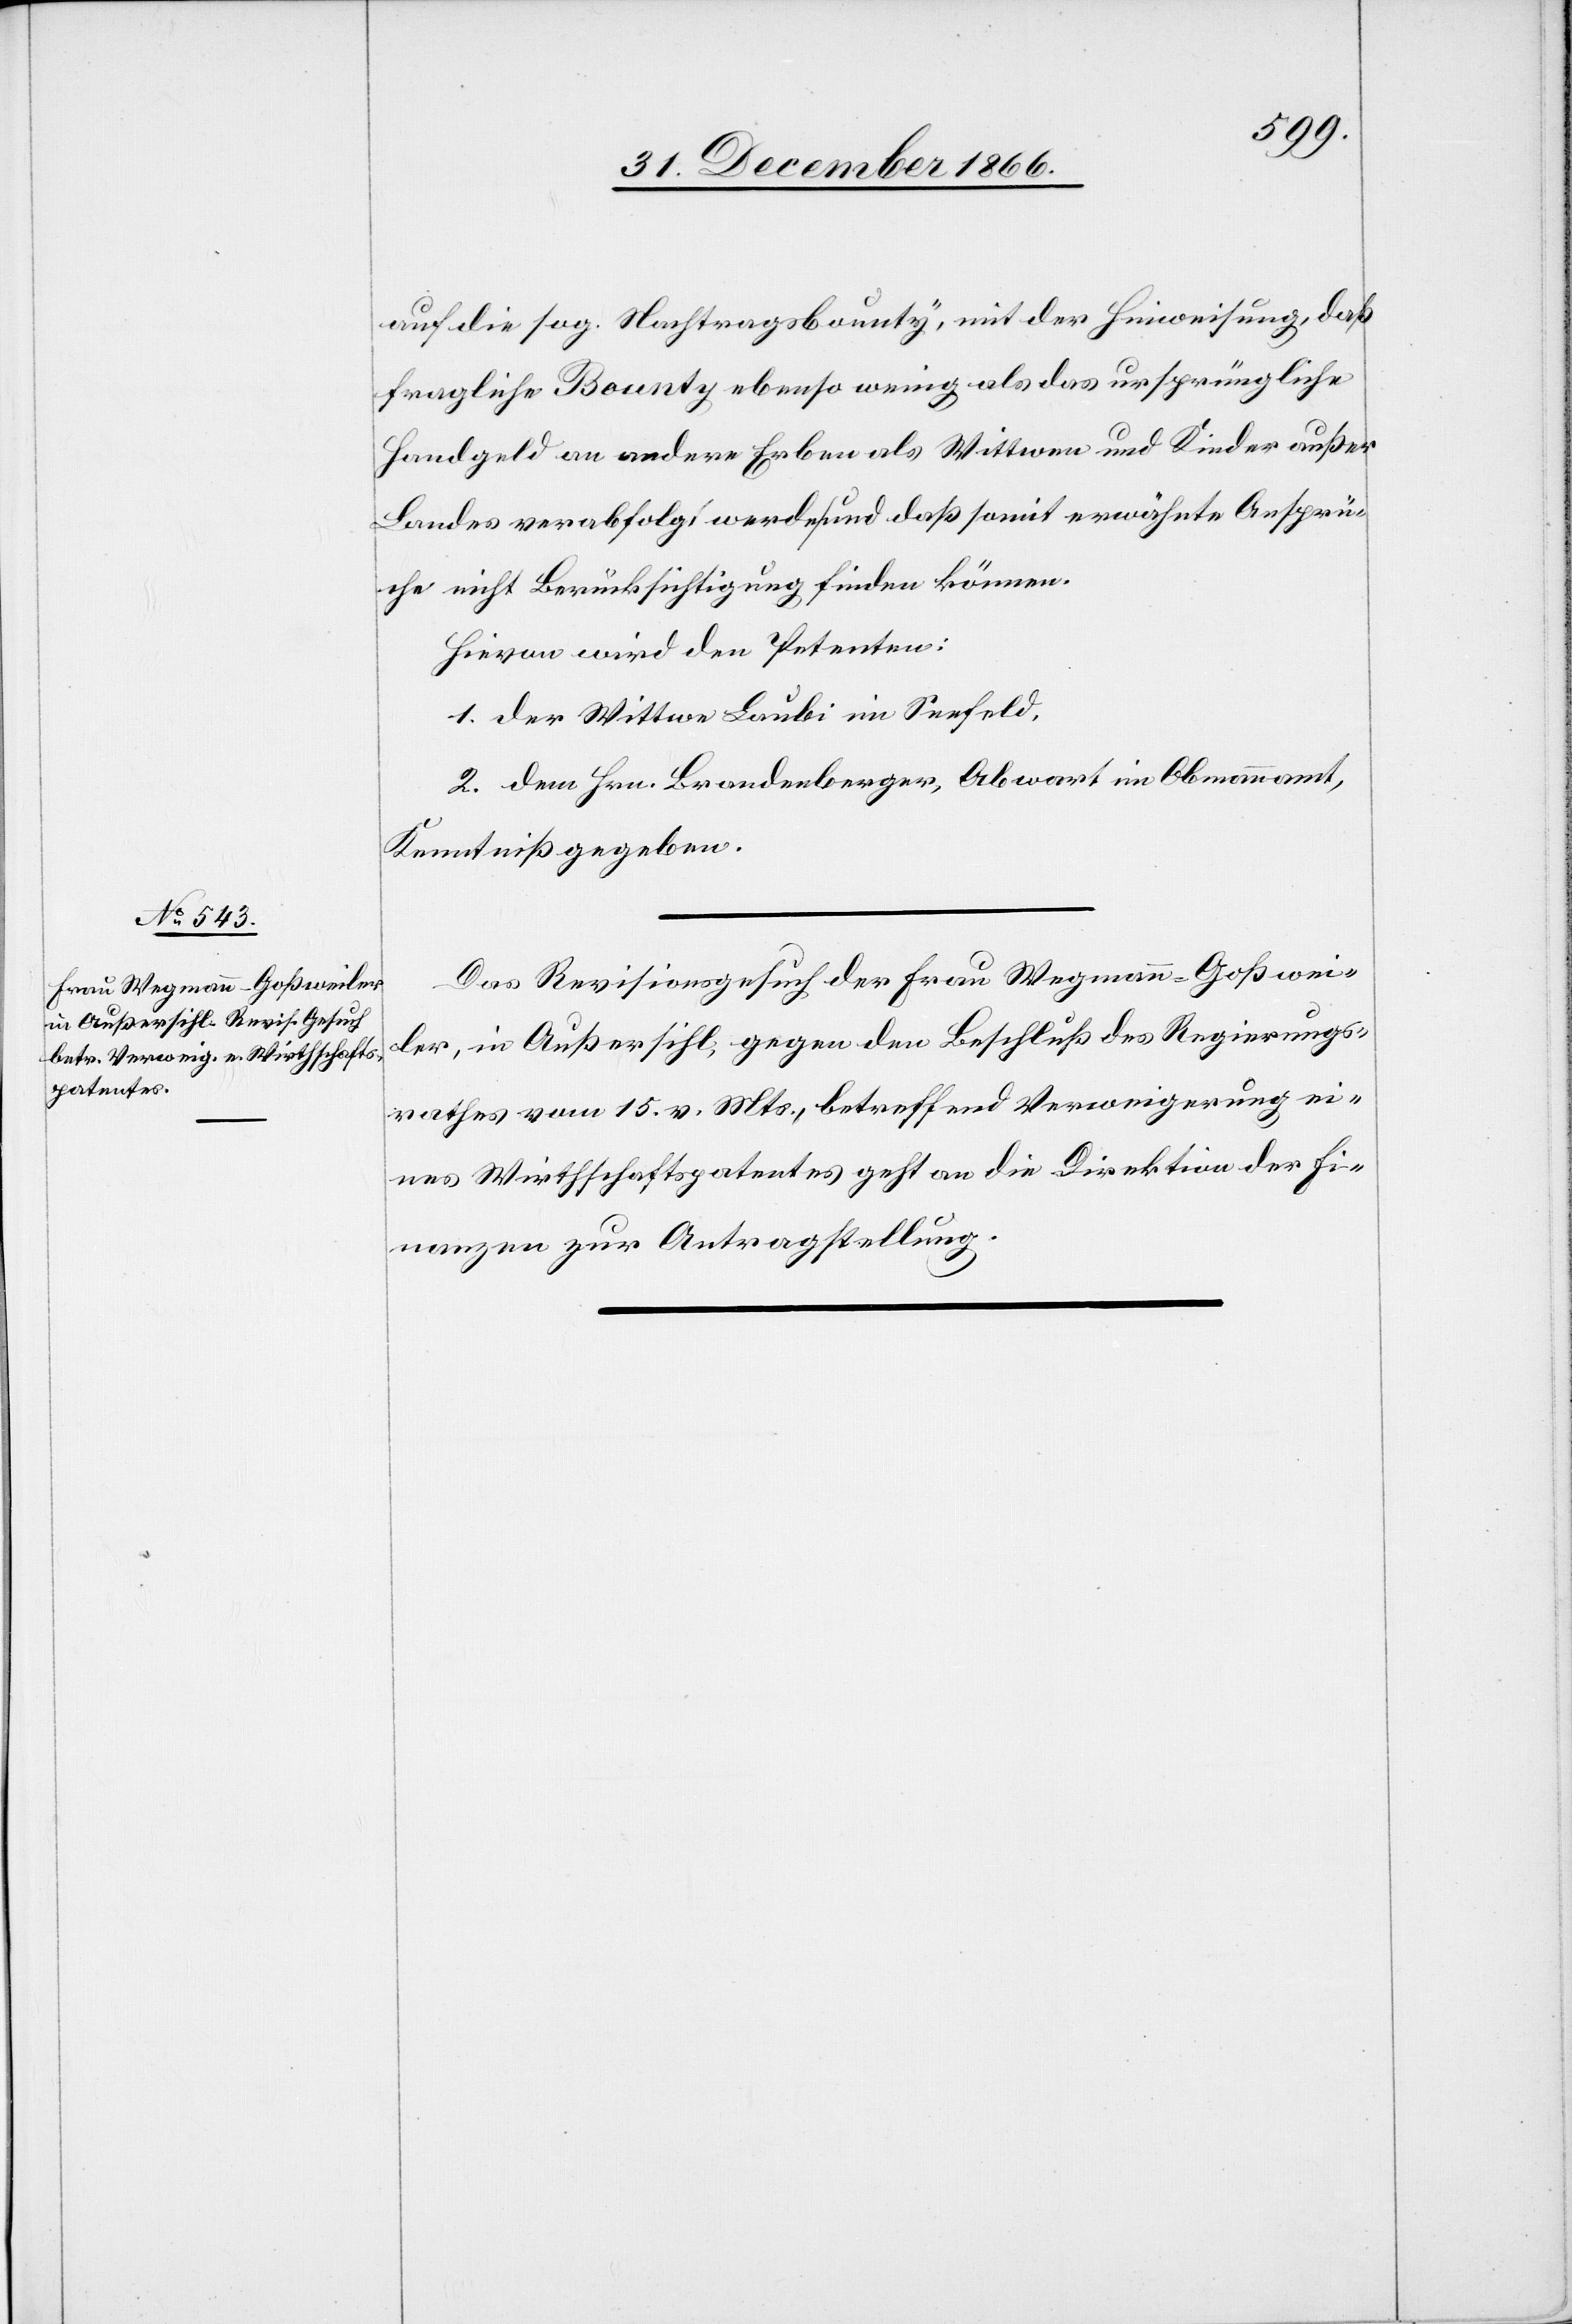
auf die sog. Nachtragsbounty, mit der Hinweisung, daß
fragliche Bounty ebenso wenig als das ursprüngliche
Handgeld an andere Erben als Wittwen und Kinder außer
Landes verabfolgt werde und daß somit erwähnte Ansprü¬
che nicht Berücksichtigung finden können.
Hievon wird den Petenten:
1. der Wittwe Laubi im Seefeld,
2. dem Hrn. Brandenberger, Abwart im Obmannamt,
Kenntniß gegeben.
Das Revisionsgesuch der Frau Wegmann-Goßwei¬
ler, in Außersihl, gegen den Beschluß des Regierungs¬
rathes vom 15. v. Mts., betreffend Verweigerung ei¬
nes Wirthschaftspatentes geht an die Direktion der Fi¬
nanzen zur Antragstellung.
4.
Januar